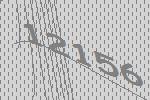
12156